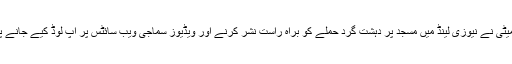
غیرملکی ذرائع کے مطابق امریکا کی داخلی سلامتی کمیٹی نے نیوزی لینڈ میں مسجد پر دہشت گرد حملے کو براہ راست نشر کرنے اور ویڈیوز سماجی ویب سائٹس پر اپ لوڈ کیے جانے پر سوشل میڈیا کے سربراہوں سے وضاحت طلب کرلی۔